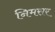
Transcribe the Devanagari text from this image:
निमसर